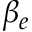
\beta _ { e }